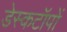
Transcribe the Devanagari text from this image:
डेस्कटॉपों